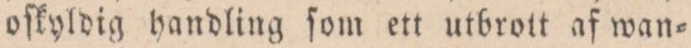
oſkyldig handling ſom ett utbrott af wan=